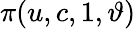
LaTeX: \pi(u,c,1,\vartheta)